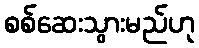
စစ်ဆေးသွားမည်ဟု